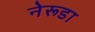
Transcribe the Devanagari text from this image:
नेरूडा